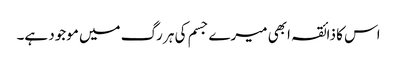
اس کا ذائقہ ابھی میرے جسم کی ہر رگ میں موجود ہے۔